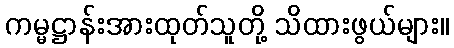
ကမ္မဋ္ဌာန်းအားထုတ်သူတို့ သိထားဖွယ်များ။